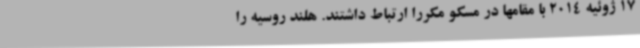
17 ژوئیه 2014 با مقامها در مسکو مکررا ارتباط داشتند. هلند روسیه را